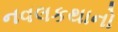
નવલકથાનો